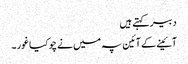
دبیر کہتے ہیں
آئینے کے آئین پہ میں نے چوکیا غور ۔